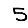
Digit: 5